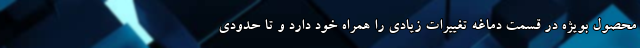
محصول بویژه در قسمت دماغه تغییرات زیادی را همراه خود دارد و تا حدودی